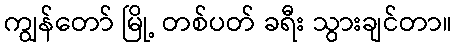
ကျွန်တော် မြို့ တစ်ပတ် ခရီး သွားချင်တာ။